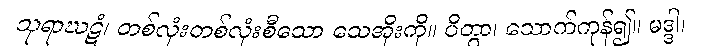
သုရာဃဋံ၊ တစ်လုံးတစ်လုံးစီသော သေအိုးကို။ ပိတွာ၊ သောက်ကုန်၍။ မဒ္ဒါ၊